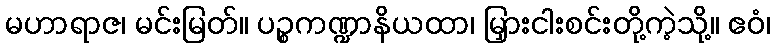
မဟာရာဇ၊ မင်းမြတ်။ ပဉ္စကဏ္ဍာနိယထာ၊ မြှားငါးစင်းတို့ကဲ့သို့။ ဧဝံ၊